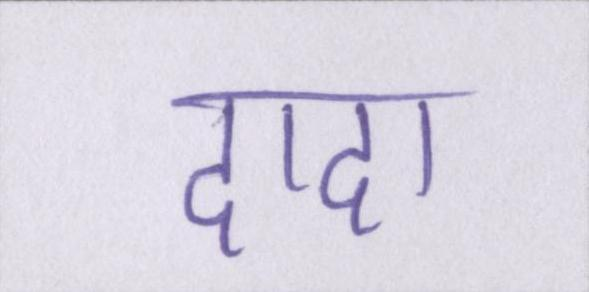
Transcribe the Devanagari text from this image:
दादा